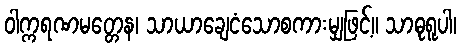
ဝါက္ကရဏမတ္တေန၊ သာယာချေငံသောစကားမျှဖြင့်။ သာဓုရူပါ၊